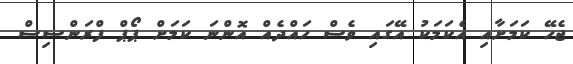
ޖެހޭ ކަމަށާއި އެކަމަކު އޭގައި ވެސް ހައްދެއް އޮންނަ ކަމަށް ޕޯޕް ފްރަންސިސް